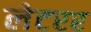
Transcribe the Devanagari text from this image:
लेटरर